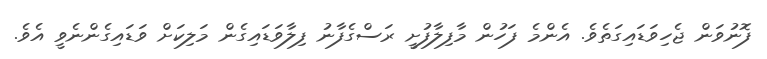
ފޮނުވަން ޖެހިވަޑައިގަތެވެ. އެންމެ ފަހުން މާފިލާފުށީ ރަސްގެފާނު ފިލާވަޑައިގެން މަލިކަށް ވަޑައިގެންނެވީ އެވެ.